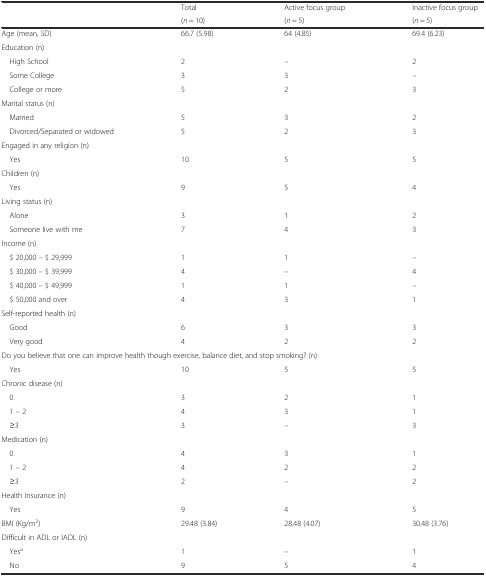
<table><thead><tr><td rowspan="2"></td><td><b>Total</b></td><td><b>Active focus group</b></td><td><b>Inactive focus group</b></td></tr><tr><td><b>(<i>n</i> = 10)</b></td><td><b>(<i>n</i> = 5)</b></td><td><b>(<i>n</i> = 5)</b></td></tr></thead><tbody><tr><td>Age (mean, SD)</td><td>66.7 (5.98)</td><td>64 (4.85)</td><td>69.4 (6.23)</td></tr><tr><td colspan="4">Education (n)</td></tr><tr><td> High School</td><td>2</td><td>–</td><td>2</td></tr><tr><td> Some College</td><td>3</td><td>3</td><td>–</td></tr><tr><td> College or more</td><td>5</td><td>2</td><td>3</td></tr><tr><td colspan="4">Marital status (n)</td></tr><tr><td> Married</td><td>5</td><td>3</td><td>2</td></tr><tr><td> Divorced/Separated or widowed</td><td>5</td><td>2</td><td>3</td></tr><tr><td colspan="4">Engaged in any religion (n)</td></tr><tr><td> Yes</td><td>10</td><td>5</td><td>5</td></tr><tr><td colspan="4">Children (n)</td></tr><tr><td> Yes</td><td>9</td><td>5</td><td>4</td></tr><tr><td colspan="4">Living status (n)</td></tr><tr><td> Alone</td><td>3</td><td>1</td><td>2</td></tr><tr><td> Someone live with me</td><td>7</td><td>4</td><td>3</td></tr><tr><td colspan="4">Income (n)</td></tr><tr><td> $ 20,000 – $ 29,999</td><td>1</td><td>1</td><td>–</td></tr><tr><td> $ 30,000 – $ 39,999</td><td>4</td><td>–</td><td>4</td></tr><tr><td> $ 40,000 – $ 49,999</td><td>1</td><td>1</td><td>–</td></tr><tr><td> $ 50,000 and over</td><td>4</td><td>3</td><td>1</td></tr><tr><td colspan="4">Self-reported health (n)</td></tr><tr><td> Good</td><td>6</td><td>3</td><td>3</td></tr><tr><td> Very good</td><td>4</td><td>2</td><td>2</td></tr><tr><td colspan="4">Do you believe that one can improve health though exercise, balance diet, and stop smoking? (n)</td></tr><tr><td> Yes</td><td>10</td><td>5</td><td>5</td></tr><tr><td colspan="4">Chronic disease (n)</td></tr><tr><td> 0</td><td>3</td><td>2</td><td>1</td></tr><tr><td> 1 – 2</td><td>4</td><td>3</td><td>1</td></tr><tr><td> ≥3</td><td>3</td><td>–</td><td>3</td></tr><tr><td colspan="4">Medication (n)</td></tr><tr><td> 0</td><td>4</td><td>3</td><td>1</td></tr><tr><td> 1 – 2</td><td>4</td><td>2</td><td>2</td></tr><tr><td> ≥3</td><td>2</td><td>–</td><td>2</td></tr><tr><td colspan="4">Health Insurance (n)</td></tr><tr><td> Yes</td><td>9</td><td>4</td><td>5</td></tr><tr><td>BMI (Kg/m<sup>2</sup>)</td><td>29.48 (3.84)</td><td>28.48 (4.07)</td><td>30.48 (3.76)</td></tr><tr><td colspan="4">Difficult in ADL or IADL (n)</td></tr><tr><td> Yes<sup>a</sup></td><td>1</td><td>–</td><td>1</td></tr><tr><td> No</td><td>9</td><td>5</td><td>4</td></tr></tbody></table>